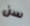
سن